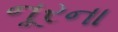
નૂરના